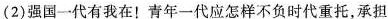
(2)强国一代有我在！青年一代应怎样不负时代重托，承担